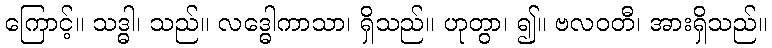
ကြောင့်။ သဒ္ဓါ၊ သည်။ လဒ္ဓေါကာသာ၊ ရှိသည်။ ဟုတွာ၊ ၍။ ဗလဝတီ၊ အားရှိသည်။